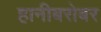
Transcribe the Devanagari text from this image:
हानीबरोबर